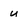
Character: u